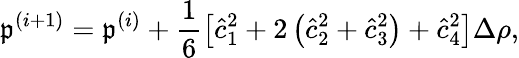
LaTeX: \mathfrak{p}^{(i+1)}=\mathfrak{p}^{(i)}+\frac{{1}}{{6}}\left[\hat{{c}}_{1}^{2}+2\left(\hat{{c}}_{2}^{2}+\hat{{c}}_{3}^{2}\right)+\hat{{c}}_{4}^{2}\right]\Delta\rho,